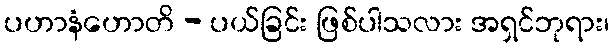
ပဟာနံဟောတိ - ပယ်ခြင်း ဖြစ်ပါသလား အရှင်ဘုရား၊